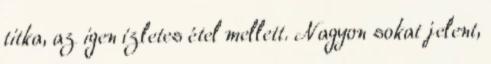
titka, az igen ízletes étel mellett. Nagyon sokat jelent,